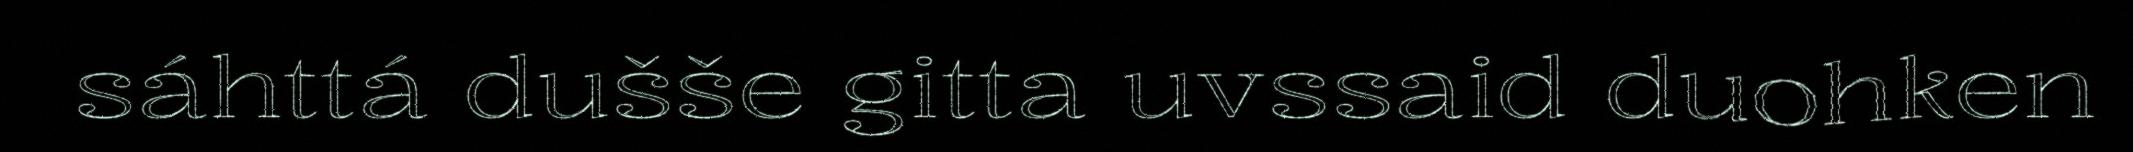
sáhttá dušše gitta uvssaid duohken